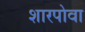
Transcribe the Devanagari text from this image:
शारपोवा